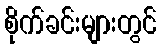
စိုက်ခင်းများတွင်